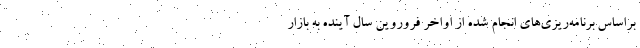
براساس برنامه‌ریزی‌های انجام شده از اواخر فروروین سال آینده به بازار